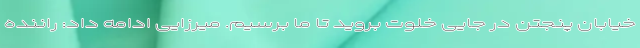
خیابان پنجتن در جایی خلوت بروید تا ما برسیم. میرزایی ادامه داد: راننده